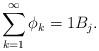
LaTeX: \begin{align*} \sum_{k=1}^\infty \phi_k=1 B_j.\end{align*}